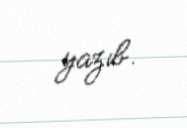
yazıb.